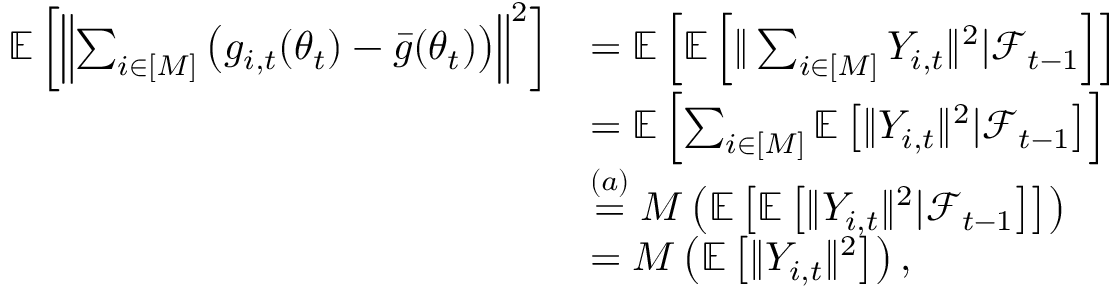
\begin{array} { r l } { \mathbb { E } \left[ \left\Vert \sum _ { i \in [ M ] } \left( g _ { i , t } ( \theta _ { t } ) - \bar { g } ( \theta _ { t } ) \right) \right\Vert ^ { 2 } \right] } & { = \mathbb { E } \left[ \mathbb { E } \left[ \Vert \sum _ { i \in [ M ] } Y _ { i , t } \Vert ^ { 2 } | \mathcal { F } _ { t - 1 } \right] \right] } \\ & { = \mathbb { E } \left[ \sum _ { i \in [ M ] } \mathbb { E } \left[ \Vert Y _ { i , t } \Vert ^ { 2 } | \mathcal { F } _ { t - 1 } \right] \right] } \\ & { \overset { ( a ) } = M \left( \mathbb { E } \left[ \mathbb { E } \left[ \Vert Y _ { i , t } \Vert ^ { 2 } | \mathcal { F } _ { t - 1 } \right] \right] \right) } \\ & { = M \left( \mathbb { E } \left[ \Vert Y _ { i , t } \Vert ^ { 2 } \right] \right) , } \end{array}